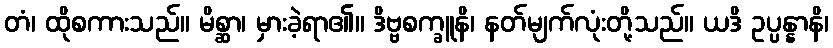
တံ၊ ထိုစကားသည်။ မိစ္ဆာ၊ မှားခဲ့ရာ၏။ ဒိဗ္ဗစက္ခူနိ၊ နတ်မျက်လုံးတို့သည်။ ယဒိ ဥပ္ပန္နာနိ၊